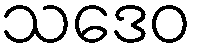
သဒေဝ